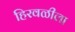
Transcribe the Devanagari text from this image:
हिरवळीला